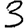
Digit: 3